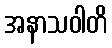
အနာသဝါတိ